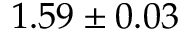
1 . 5 9 \pm 0 . 0 3